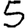
Digit: 5